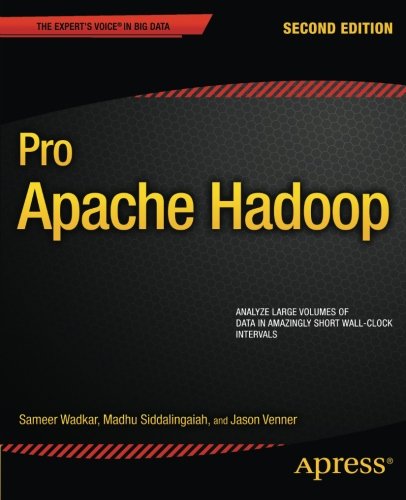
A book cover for Pro Apache Hadoop; Jason Venner; Computers & Technology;